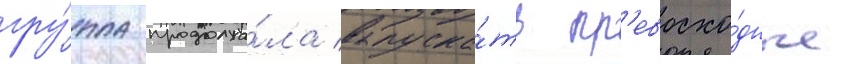
гру́ппа продолжа́ла выпуска́ть пр'евосхо́дные